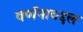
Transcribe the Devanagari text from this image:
वर्णनाबद्दल